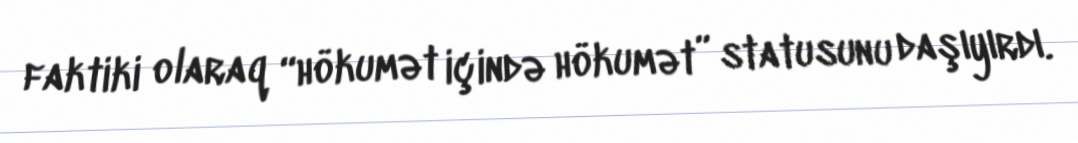
faktiki olaraq “hökumət içində hökumət” statusunu daşıyırdı.